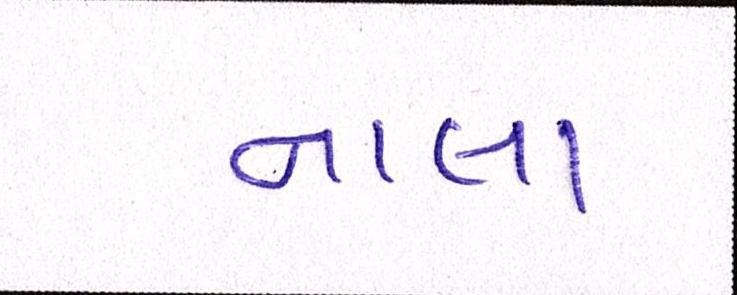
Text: નાલા